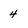
Character: 4